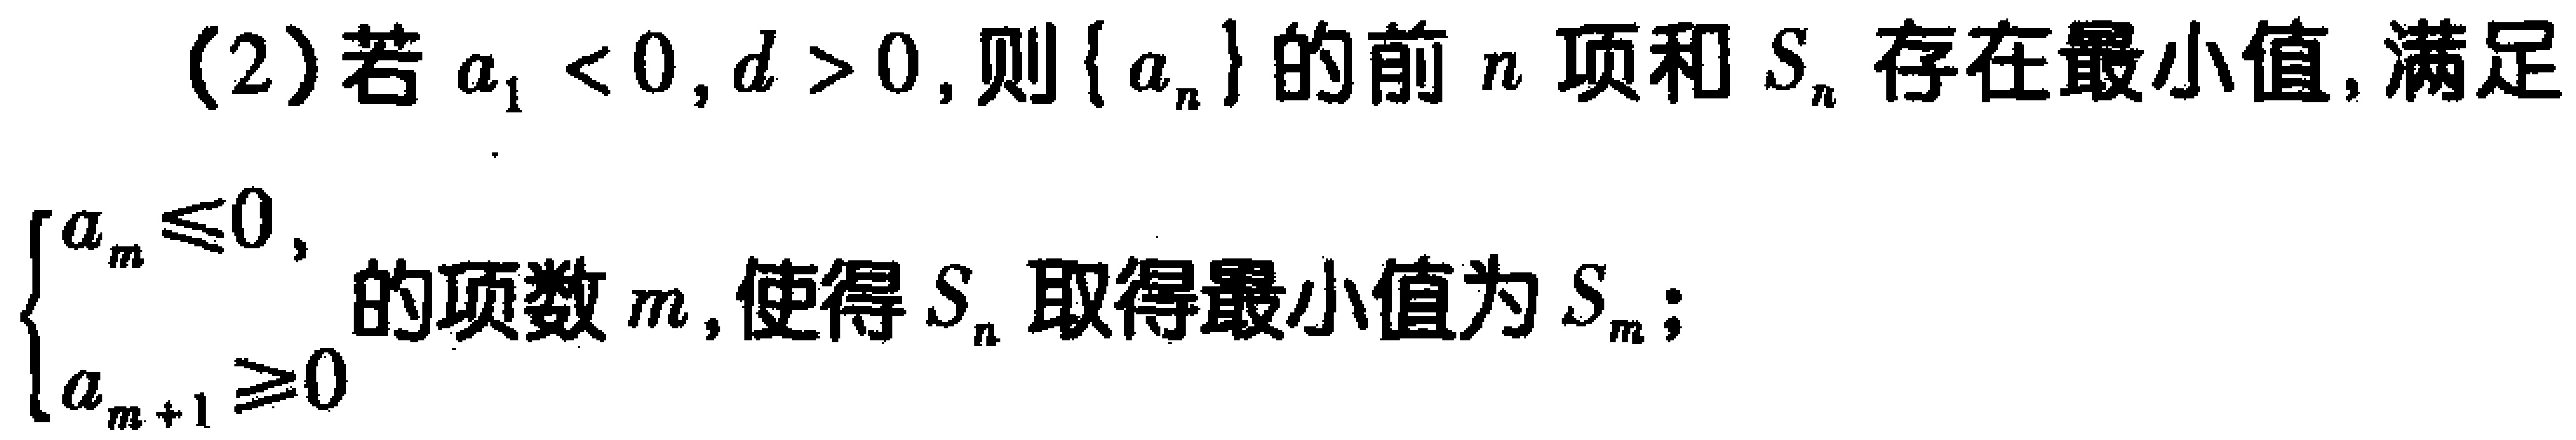
(2)若\(a_{1}<0,d > 0\)，则\(\{ a_{n}\}\)的前\(n\)项和\(S_{n}\)存在最小值，满足
\(\begin{cases}
a_{m}\leq0,\\
a_{m + 1}\geq0
\end{cases}\)的项数\(m\)，使得\(S_{n}\)取得最小值为\(S_{m}\)；